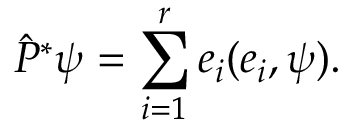
\hat { P } ^ { * } \psi = \sum _ { i = 1 } ^ { r } e _ { i } ( e _ { i } , \psi ) .